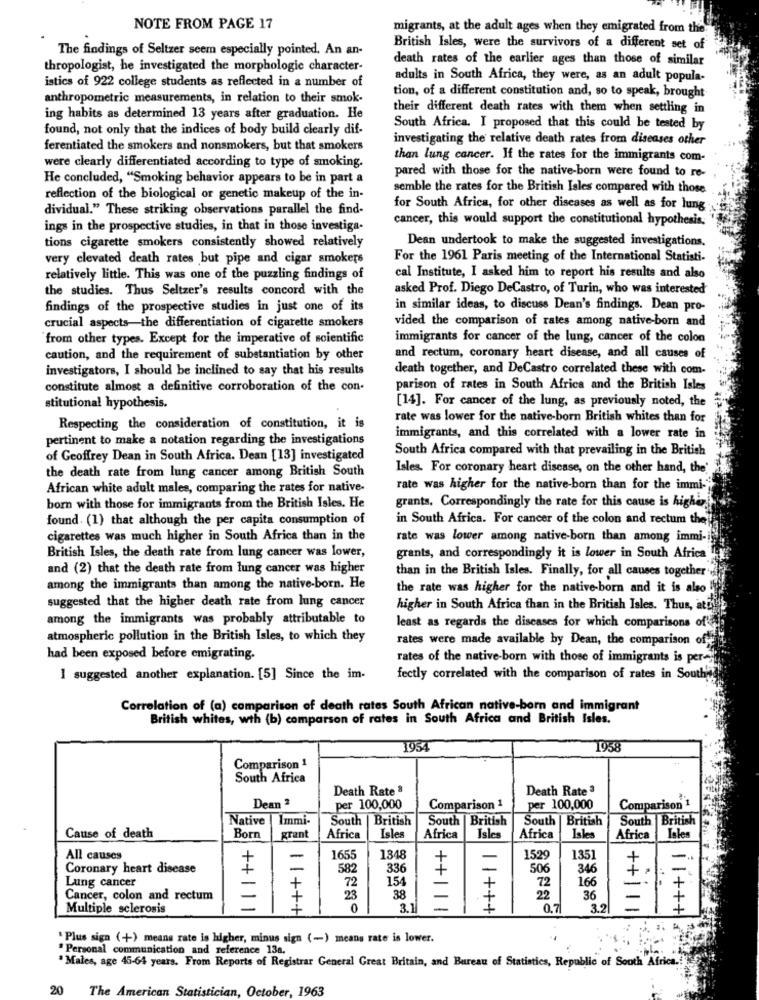
NOTE FROM PAGE 17
migrants, at the adult ages when they emigrated from the
The findings of Seltzer seem especially pointed. An an-
British Isles, were the survivors of a different set of
death rates of the earlier ages than those of similar
thropologist, he investigated the morphologie character-
adults in South Africa, they were, as an adult popula-
istics of 922 college students as reflected in a number of
anthropometric measurements, in relation to their smok-
tion, of a different constitution and, so to speak, brought
their different death rates with them when settling in
ing habits as determined 13 years after graduation. He
found, not only that the indices of body build clearly dif-
South Africa. I proposed that this could be tested by
investigating the relative death rates from diseases other
ferentiated the smokers and nonsmokers, but that smokers
than lung cancer. If the rates for the immigrants com-
were clearly differentiated according to type of smoking.
He concluded, "Smoking behavior appears to be in part a
pared with those for the native-born were found to re-
semble the rates for the British Isles compared with those
reflection of the biological or genetic makeup of the in-
dividual." These striking observations parallel the find-
for South Africa, for other diseases as well as for lung
cancer, this would support the constitutional hypothesis.
ings in the prospective studies, in that in those investiga.
Dean undertook to make the suggested investigations.
tions cigarette smokers consistently showed relatively
very elevated death rates but pipe and cigar smokers
For the 1961 Paris meeting of the International Statisti-
relatively little. This was one of the puzzling findings of
cal Institute, I asked him to report his results and also
the studies. Thus Seltzer's results concord with the
asked Prof. Diego DeCastro, of Turin, who was interested
findings of the prospective studies in just one of its
in similar ideas, to discuss Dean's findings. Dean pro-
vided the comparison of rates among native-born and
crucial aspects-the differentiation of cigarette smokers
from other types. Except for the imperative of scientific
immigrants for cancer of the lung, cancer of the colon
caution, and the requirement of substantiation by other
and rectum, coronary heart disease, and all causes of
investigators, I should be inclined to say that his results
leath together, and DeCastro correlated these with com-
constitute almost a definitive corroboration of the con.
parison of rates in South Africa and the British Isles
[14]. For cancer of the lung, as previously noted, the
stitutional hypothesis.
rate was lower for the native-born British whites than for
Respecting the consideration of constitution, it is
pertinent to make a notation regarding the investigations
immigrants, and this correlated with a lower rate in
South Africa compared with that prevailing in the British
of Geoffrey Dean in South Africa. Dean [13] investigated
the death rate from lung cancer among British South
Isles. For coronary heart disease, on the other hand, the
African white adult males, comparing the rates for native-
rate was higher for the native-born than for the immi -;
grants, Correspondingly the rate for this cause is higher
born with those for immigrants from the British Isles. He
found. (1) that although the per capita consumption of
in South Africa. For cancer of the colon and rectum the
cigarettes was much higher in South Africa than in the
rate was lower among native-born than among immi -;
British Isles, the death rate from lung cancer was lower,
grants, and correspondingly it is lower in South Africa"
and (2) that the death rate from lung cancer was higher
than in the British Isles. Finally, for all causes together
among the immigrants than among the native-born. He
the rate was higher for the native-born and it is also
suggested that the higher death rate from lung cancer
higher in South Africa than in the British Isles. Thus, at?
among the immigrants was probably attributable to
least as regards the diseases for which comparisons of
atmospheric pollution in the British Isles, to which they
rates were made available by Dean, the comparison of
had been exposed before emigrating.
rates of the native-born with those of immigrants is per
I suggested another explanation. [5] Since the im-
fectly correlated with the comparison of rates in South's
Correlation of (a) comparison of death rates South African native-born and immigrant
British whites, wth (b) comparson of rates in South Africa and British Isles.
1954
1958
Comparison 1
South Africa
Death Rate 8
Death Rate 3
Dean 3
per 100,000
Comparison 1
per 100,000
Comparison 1
Native
Immi
South | British
South | British
South | British
South British
Cause of death
Born
grant
Africa
Isles
Africa
Isles
Africa
Isles
Africa
Iales
All causes
+
-
1655
1848
-
1529
1351
-
Coronary heart disease
582
336
-
506
346
-
Lung cancer
72
154
72
166
-
-
Cancer, colon and rectum
-
+
23
38
-
22
36
Multiple sclerosis
0
3.1
-
1 1+++
0.7
3.2
+111
11+++
" Plus sign (+) means rate is higher, minus sign (-) means rate is lower.
Personal communication and reference 13a.
* Males, age 45-64 years. From Reports of Registrar General Great Britain, and Bureau of Statistics, Republic of South Africa .!
20
The American Statistician, October, 1963